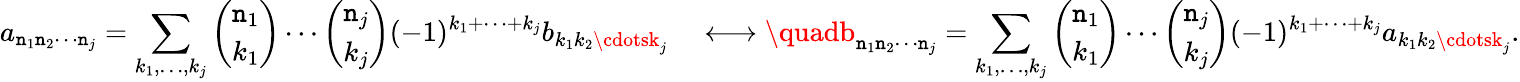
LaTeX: a_{\mathtt{n}_{1}\mathtt{n}_{2}\cdots\mathtt{n}_{j}}=\sum_{k_{1},\ldots,k_{j}}{\binom{\mathtt{n}_{1}}{k_{1}}}\cdots{\binom{\mathtt{n}_{j}}{k_{j}}}(-1)^{k_{1}+\cdots+k_{j}}b_{k_{1}k_{2}\cdotsk_{j}}\quad\longleftrightarrow\quadb_{\mathtt{n}_{1}\mathtt{n}_{2}\cdots\mathtt{n}_{j}}=\sum_{k_{1},\ldots,k_{j}}{\binom{\mathtt{n}_{1}}{k_{1}}}\cdots{\binom{\mathtt{n}_{j}}{k_{j}}}(-1)^{k_{1}+\cdots+k_{j}}a_{k_{1}k_{2}\cdotsk_{j}}.